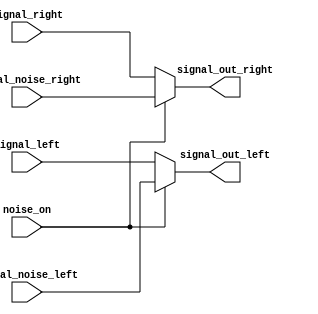
module multiplekser(input [23:0] signal_left, signal_right, signal_noise_left, signal_noise_right,
							input noise_on,
							output reg [23:0] signal_out_left, signal_out_right);
	always @(*) begin
       if (noise_on) begin
            signal_out_left <= signal_noise_left;
            signal_out_right <= signal_noise_right;
       end else begin
            signal_out_left <= signal_left;
            signal_out_right <= signal_right;
       end
    end
	 
endmodule